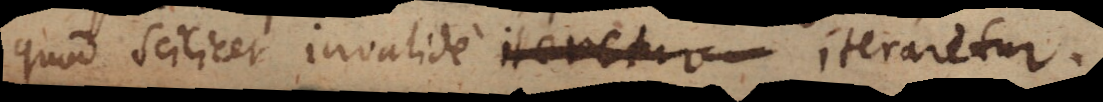
quod scilicet invalide iteraretur.